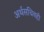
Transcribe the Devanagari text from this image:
अर्थसचिवही